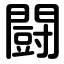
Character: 闘